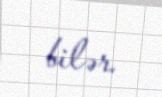
bilər.